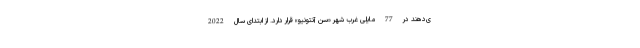
ی‌دهند در 77 مایلی غرب شهر «سن آنتونیو» قرار دارد. از ابتدای سال 2022